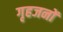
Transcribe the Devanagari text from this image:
गृहजनों